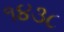
૧૪૩૮